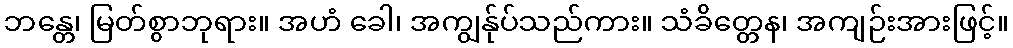
ဘန္တေ၊ မြတ်စွာဘုရား။ အဟံ ခေါ၊ အကျွန်ုပ်သည်ကား။ သံခိတ္တေန၊ အကျဉ်းအားဖြင့်။